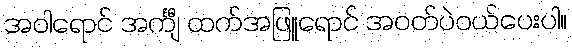
အဝါရောင် အင်္ကျီ ထက်အဖြူရောင် အဝတ်ပဲဝယ်ပေးပါ။